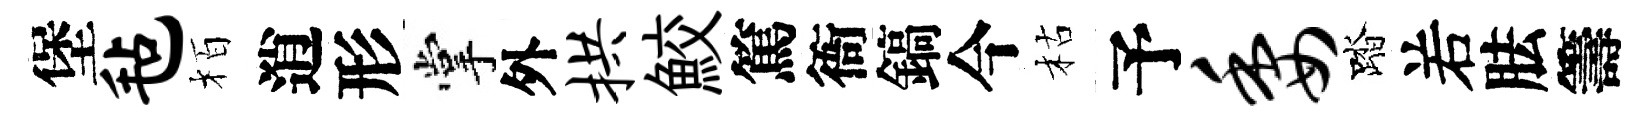
堡毡栢逍形掌外拱鮫篤衙鎬今枯予委踏𠰥胠籌